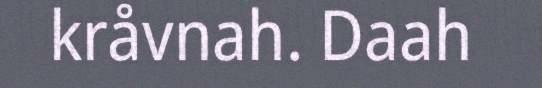
kråvnah. Daah